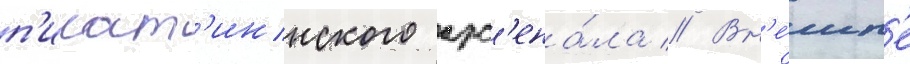
п'икат'иннского арс'ена́ла // Вн'е́шн'е